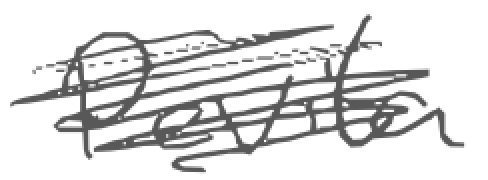
Text: Pevita
Cross-out: scratch
Writing tool: digital_gray